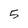
Character: 5